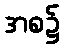
အစ၌